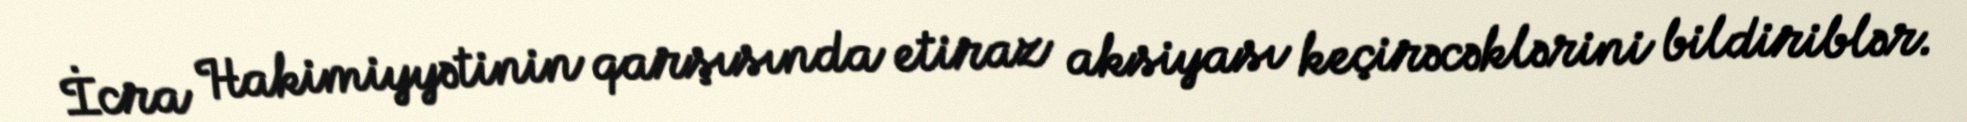
İcra Hakimiyyətinin qarşısında etiraz aksiyası keçirəcəklərini bildiriblər.